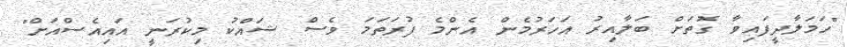
"ހަމަލާދީފައިވާ ގޮތަށް ބަލާއިރު އަހަރުމެން އެންމެ ފުރަތަމަ ވެސް ޝައްކު މިކުރަނީ އައިއެސްއަށް"